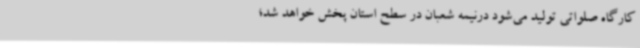
کارگاه صلواتی تولید می‌شود درنیمه شعبان در سطح استان پخش خواهد شد؛